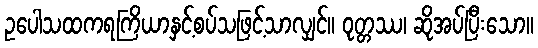
ဥပေါသထကရကြိယာနှင့်စပ်သဖြင့်သာလျှင်။ ဝုတ္တဿ၊ ဆိုအပ်ပြီးသော။